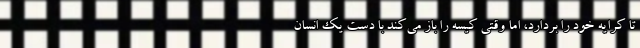
تا کرایه خود را بردارد، اما وقتی کیسه را باز می‌کند با دست یک انسان